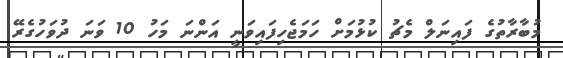
މުބާރާތުގެ ފައިނަލް މެޗު ކުޅުމަށް ހަމަޖެހިފައިވަނީ އަންނަ މަހު 10 ވަނަ ދުވަހުގެރޭ